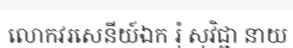
លោកវរសេនីយ៍ឯក រុំ សុវិជ្ជា នាយ